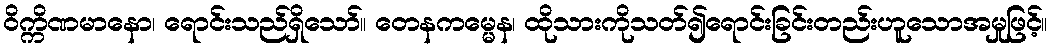
ဝိက္ကိဏမာနော၊ ရောင်းသည်ရှိသော်။ တေနကမ္မေန၊ ထိုသားကိုသတ်၍ရောင်းခြင်းတည်းဟူသောအမှုဖြင့်။